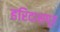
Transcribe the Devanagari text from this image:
हरिदासपूर